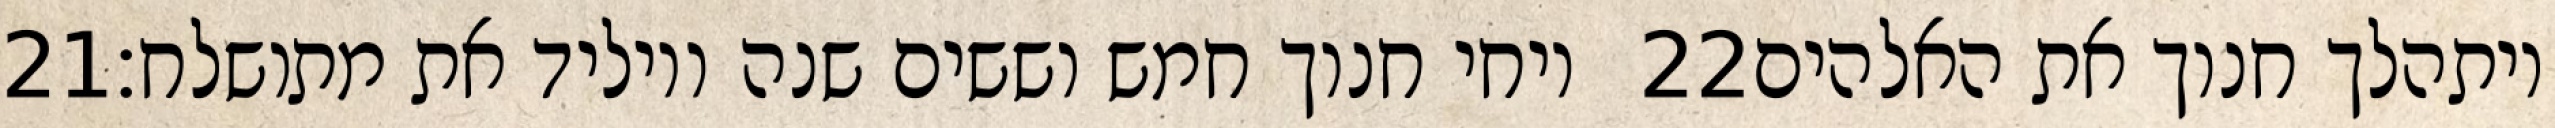
‎21‏ ויחי חנוך חמש וששים שנה ויוליד את מתושלח׃ ‎22‏ ויתהלך חנוך את האלהים